Lunatic asylums United Provinces 1909-1921 - 1909-1921
Year: 1909
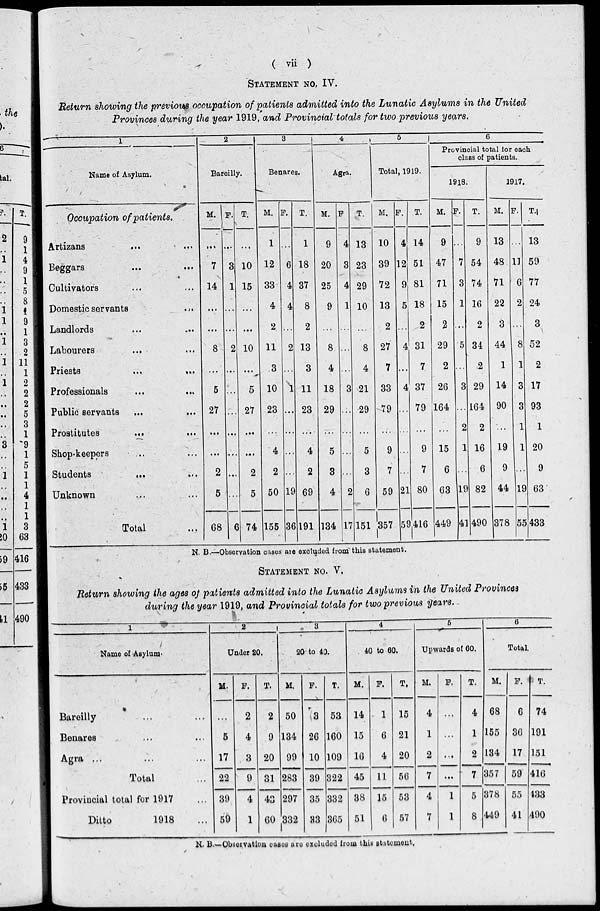
( vii )
STATEMENT NO. IV.
Return showing the previous occupation of patients admitted into the Lunatic Asylums in the United
Provinces during the year 1919, and Provincial totals for two previous years.
1
Name of Asylum.
Occupation of patients.
Artizans
...
...
Beggars ... ...
Cultivators ... ...
Domestic servants ...
Landlords ... ...
Labourers ... ...
Priests
...
...
Professionals ... ...
Public servants
...
...
Prostitutes
... ...
Shop-keepers .. ...
Students
...
...
Unknown ... ...
Total ...
2
Bareilly.
M.
...
7
14
...
...
8
...
5
27
...
...
2
5
68
F.
...
3
1
...
...
2
...
...
...
...
...
...
...
6
T.
...
10
15
...
...
10
...
5
27
...
...
2
5
74
3
Benares.
M.
1
12
33
4
2
11
3
10
23
...
4
2
50
155
F.
...
6
4
4
...
2
...
1
...
...
...
...
19
36
T.
1
18
37
8
2
13
3
11
23
...
4
2
69
191
4
Agra.
M.
9
20
25
9
...
8
4
18
29
...
5
3
4
134
F
4
3
4
1
...
...
...
3
...
...
...
...
2
17
T.
13
23
29
10
...
8
4
21
29
...
5
3
6
151
5
Total, 1919.
M.
10
39
72
13
2
27
7
33
79
...
9
7
59
357
F.
4
12
9
5
...
4
...
4
...
...
...
...
21
59
T.
14
51
81
18
2
31
7
37
79
...
9
7
80
416
6
Provincial total for each
class of patients.
1918.
M.
9
47
71
15
2
29
2
26
164
...
15
6
63
449
F.
...
7
3
1
...
5
3
...
2
1
...
19
41
T.
9
54
74
16
2
34
2
29
164
2
16
6
82
490
1917.
M.
13
48
71
22
3
44
1
14
90
...
19
9
44
378
F.
...
11
6
2
...
8
1
3
3
1
1
...
19
55
T.
13
59
77
24
3
52
2
17
93
1
20
9
63
433
N. B.—Observation cases are excluded from this statement.
STATEMENT NO. V.
Return showing the ages of patients admitted into the Lunatic Asylums in the United Provinces
during the year 1919, and Provincial totals for two previous years.
1
Name of Asylum.
Bareilly ... ...
Benares ... ...
Agra ... ... ...
Total ...
Provincial total for 1917 ...
Ditto
1918 ...
2
Under 20.
M.
...
5
17
22
39
59
F.
2
4
3
9
4
1
T.
2
9
20
31
43
60
3
20 to 10.
M.
50
134
99
283
297
332
F.
3
26
10
39
35
33
T.
53
160
109
322
332
365
4
40 to 60.
M.
14
15
16
45
38
51
F.
1
6
4
11
15
6
T.
15
21
20
56
53
57
5
Upwards of 60.
M.
4
1
2
7
4
7
F.
...
...
...
...
1
1
T.
4
1
2
7
5
8
6
Total.
M.
68
155
134
357
378
449
F.
6
36
17
59
55
41
T.
74
191
151
416
433
490
N. B.—Observation cases are excluded from this statement.